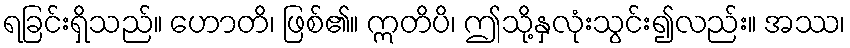
ရခြင်းရှိသည်။ ဟောတိ၊ ဖြစ်၏။ ဣတိပိ၊ ဤသို့နှလုံးသွင်း၍လည်း။ အဿ၊